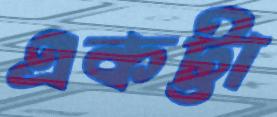
একট্টা